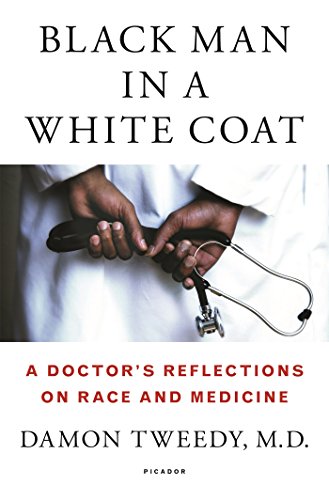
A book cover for Black Man in a White Coat: A Doctor's Reflections on Race and Medicine; Damon Tweedy; Biographies & Memoirs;